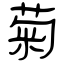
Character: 菊